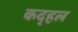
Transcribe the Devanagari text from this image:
कद्हल